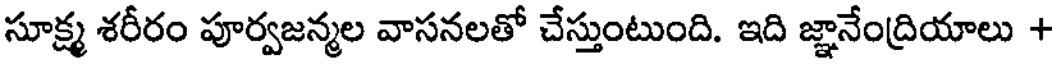
సూక్ష్మ శరీరం పూర్వజన్మల వాసనలతో చేస్తుంటుంది. ఇది జ్ఞానేంద్రియాలు +